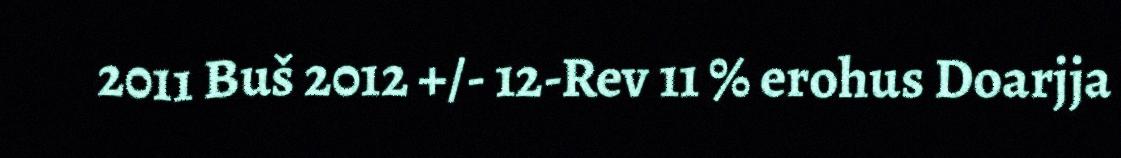
2011 Buš 2012 +/- 12-Rev 11 % erohus Doarjja